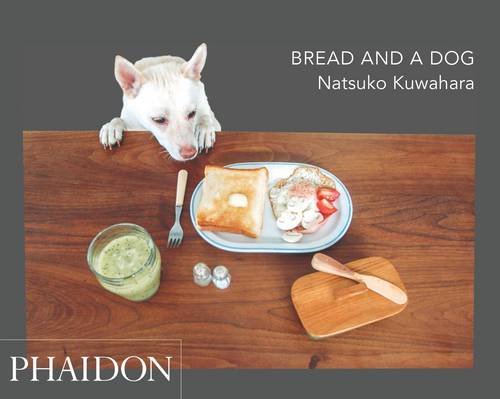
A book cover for Bread and a Dog; Kuwahara Natsuko; Humor & Entertainment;